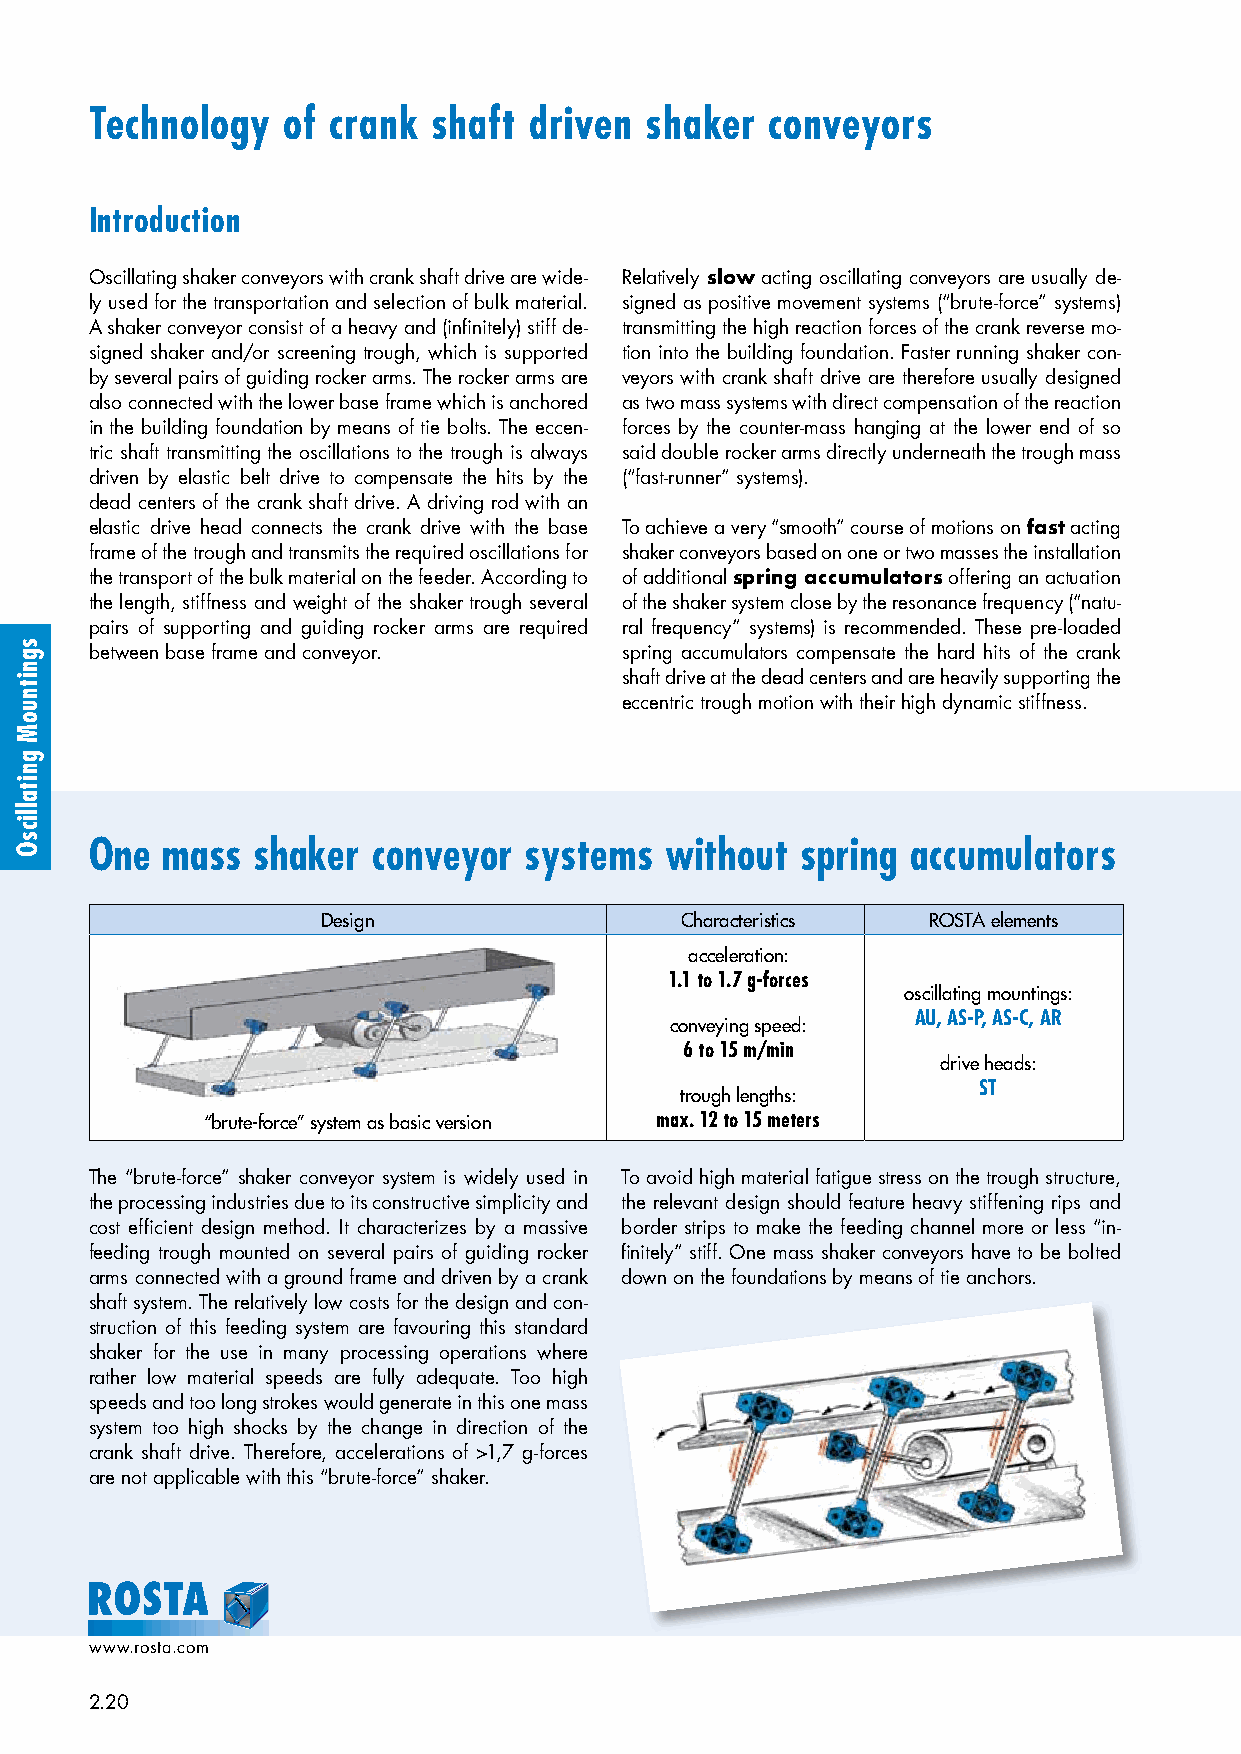
Technology   of crank  shaft driven  shaker  conveyors
 Introduction
 Oscillating shaker conveyors with crank shaft drive are wide- Relatively slow acting oscillating conveyors are usually de-
 ly used for the transportation and selection of bulk material. signed as positive movement systems (“brute-force” systems)
 A shaker conveyor consist of a heavy and (infinitely) stiff de- transmitting the high reaction forces of the crank reverse mo-
 signed shaker and/or screening trough, which is supported tion into the building foundation. Faster running shaker con-
 by several pairs of guiding rocker arms. The rocker arms are veyors with crank shaft drive are therefore usually designed
 also connected with the lower base frame which is anchored as two mass systems with direct compensation of the reaction
 in the building foundation by means of tie bolts. The eccen- forces by the counter-mass hanging at the lower end of so
 tric shaft transmitting the oscillations to the trough is always said double rocker arms directly underneath the trough mass
 driven by elastic belt drive to compensate the hits by the (“fast-runner” systems).
 dead centers of the crank shaft drive. A driving rod with an
 elastic drive head connects the crank drive with the base To achieve a very “smooth” course of motions on fast acting
 frame of the trough and transmits the required oscillations for shaker conveyors based on one or two masses the installation
 the transport of the bulk material on the feeder. According to of additional spring accumulators offering an actuation
 the length, stiffness and weight of the shaker trough several of the shaker system close by the resonance frequency (“natu-
 pairs of supporting and guiding rocker arms are required ral frequency” systems) is recommended. These pre-loaded
 between base frame and conveyor.   spring accumulators compensate the hard hits of the crank
 shaft drive at the dead centers and are heavily supporting the
 eccentric trough motion with their high dynamic stiffness.
 One  mass  shaker  conveyor  systems  without  spring accumulators
 Design                  Characteristics ROSTA elements
 acceleration:
 1.1 to 1.7 g-forces
 oscillating mountings:
 AU, AS-P, AS-C, AR
 conveying speed:
 6 to 15 m/min
 drive heads:
 ST
 trough lengths:
 “brute-force” system as basic version max. 12 to 15 meters
 The “brute-force” shaker conveyor system is widely used in To avoid high material fatigue stress on the trough structure,
 the processing industries due to its constructive simplicity and the relevant design should feature heavy stiffening rips and
 cost efficient design method. It characterizes by a massive border strips to make the feeding channel more or less “in-
 feeding trough mounted on several pairs of guiding rocker finitely” stiff. One mass shaker conveyors have to be bolted
 arms connected with a ground frame and driven by a crank down on the foundations by means of tie anchors.
 shaft system. The relatively low costs for the design and con-
 struction of this feeding system are favouring this standard
 shaker for the use in many processing operations where
 rather low material speeds are fully adequate. Too high
 speeds and too long strokes would generate in this one mass
 system too high shocks by the change in direction of the
 crank shaft drive. Therefore, accelerations of >1,7 g-forces
 are not applicable with this “brute-force” shaker.
 www.rosta.com
 2.20
 sgnitnuoM
 gnitallicsO